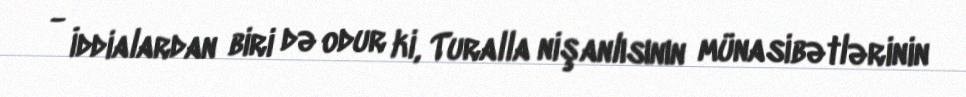
- İddialardan biri də odur ki, Turalla nişanlısının münasibətlərinin